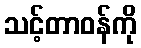
သင့်တာဝန်ကို